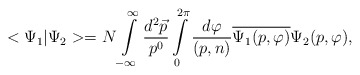
\begin{align*}<\Psi_1|\Psi_2>=N\int\limits_{-\infty}^{\infty}\frac{d^2\vec{p}}{p^0}\int\limits_0^{2\pi} \frac{d\varphi}{(p,n)}\overline{\Psi_1(p,\varphi)}\Psi_2(p,\varphi), \end{align*}